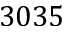
3 0 3 5